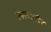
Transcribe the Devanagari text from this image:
उत्तरऔर